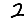
Digit: 2